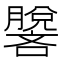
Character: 𰯢